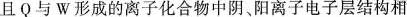
且Q与W形成的离子化合物中阴、阳离子电子层结构相